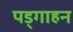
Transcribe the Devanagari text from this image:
पड्गाहन